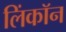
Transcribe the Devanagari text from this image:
लिंकॉन